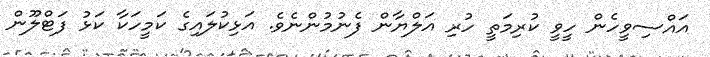
އައްސިވީހެން ހީވީ ކުރިމަތީ ހުރި އަލްޔާން ފެނުމުންނެވެ. އަޅިކުލައިގެ ކަމީހަކާ ކަޅު ފަޓްލޫން